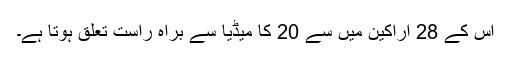
اس کے 28 اراکین میں سے 20 کا میڈیا سے براہ راست تعلق ہوتا ہے۔